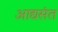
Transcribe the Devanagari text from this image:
आद्यसंत